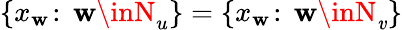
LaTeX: \{ x_{\mathbf{w}}\! :\, \mathbf{w}\inN_{u}\} =\{ x_{\mathbf{w}}\! :\, \mathbf{w}\inN_{\mathit{v}}\}